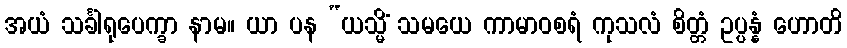
အယံ သင်္ခါရုပေက္ခာ နာမ။ ယာ ပန “ယသ္မိံ သမယေ ကာမာဝစရံ ကုသလံ စိတ္တံ ဥပ္ပန္နံ ဟောတိ